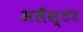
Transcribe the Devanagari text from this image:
अलैस्टर